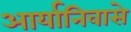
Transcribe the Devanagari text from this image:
आर्यानिवासे